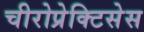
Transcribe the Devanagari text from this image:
चीरोप्रेक्टिसेस